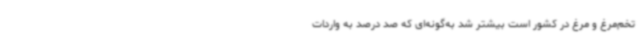
تخم‌مرغ و مرغ در کشور است بیشتر شد به‌گونه‌ای که صد درصد به واردات